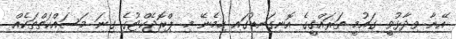
އޭނާ ވިދާޅުވީ ގައުމީ ތަރައްގީގެ އޮނިގަނޑުގައި ހިމެނޭ މި ޕްރޮޖެކްޓުގެ ގިނަ މަސައްކަތްތަކެއް